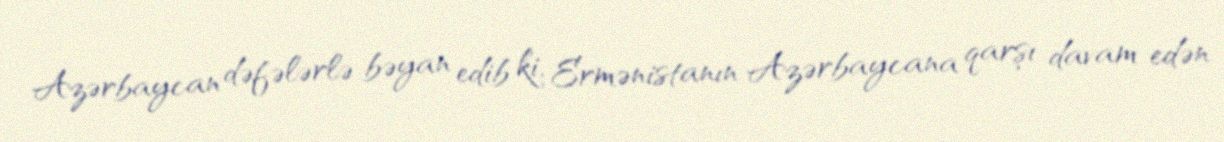
Azərbaycan dəfələrlə bəyan edib ki, Ermənistanın Azərbaycana qarşı davam edən